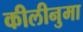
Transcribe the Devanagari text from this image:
कीलीनुमा